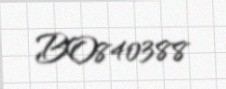
BO840388